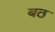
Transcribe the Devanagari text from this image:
बठ